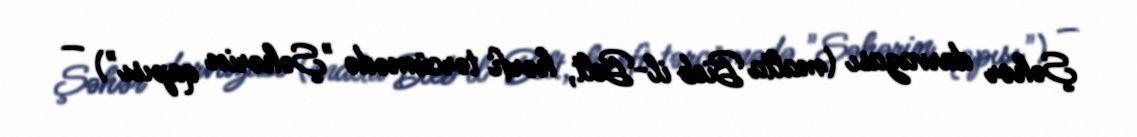
Şəhər darvazası (malta Bieb il-Belt, hərfi tərcümədə "Şəhərin qapısı") —